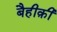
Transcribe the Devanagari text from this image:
बैहीक़ी